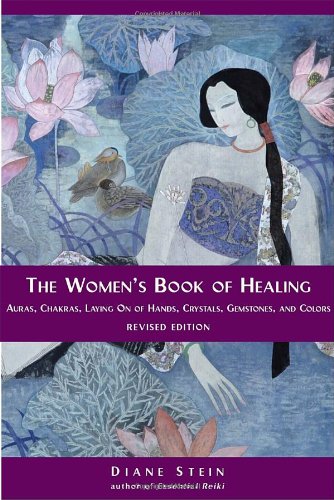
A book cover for The Women's Book of Healing: Auras, Chakras, Laying On of Hands, Crystals, Gemstones, and Colors; Diane Stein; Religion & Spirituality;